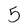
Character: 5